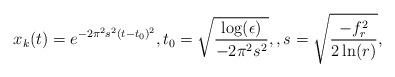
LaTeX: \begin{align*} x_{k}(t)=e^{-2 \pi^{2} s^{2}\left(t-t_{0}\right)^{2}}, t_0 = \sqrt{\frac{\log(\epsilon)}{-2 \pi^2 s^2}}, , s=\sqrt{\frac{-f_r^{2}}{2 \ln (r)}},\end{align*}